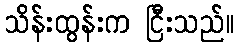
သိန်းထွန်းက ငြီးသည်။